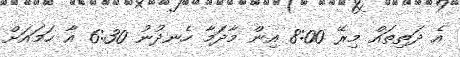
އެ ދަތިތައް މިރޭ 8:00 އިން މާދަމާ ހެނދުނު 6:30 އާ ހަމައަށް